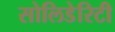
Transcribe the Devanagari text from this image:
सोलिडेरिटी